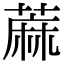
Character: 蔴